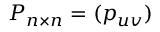
P _ { n \times n } = ( p _ { u v } )